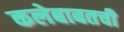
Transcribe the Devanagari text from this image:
कलेबाबतची